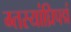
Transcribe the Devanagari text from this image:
ग्तस्यांघ्रिपद्मं